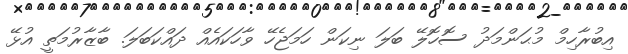
އިބުރާހިމް މުޙަންމަދު ސޮހޮލޭ ބަލަ ނިކަން ހަމަޖެހޭ ވާހަކައެއް ދައްކަބަލަ. ބާޒާރުމަތީ އުޅޭ